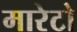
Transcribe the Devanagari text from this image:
मारेटो